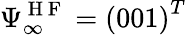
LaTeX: \Psi_{\infty}^{\mathrm{~H~F~}}=\left(001\right)^{T}